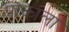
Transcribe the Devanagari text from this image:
पाकाला